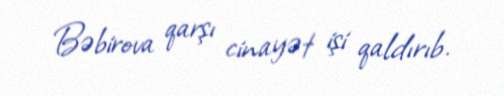
Bəbirova qarşı cinayət işi qaldırıb.